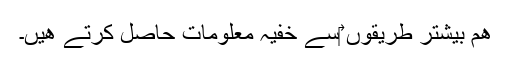
ھم بيشتر طريقوں ‎سے خفيہ معلومات حاصل کرتے ھيں۔